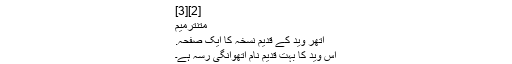
[2][3]
متنترميم
اتھر وید کے قدیم نسخہ کا ایک صفحہ.
اس وید کا بہت قدیم نام اتھوانگی رسہ ہے۔